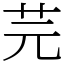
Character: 芫